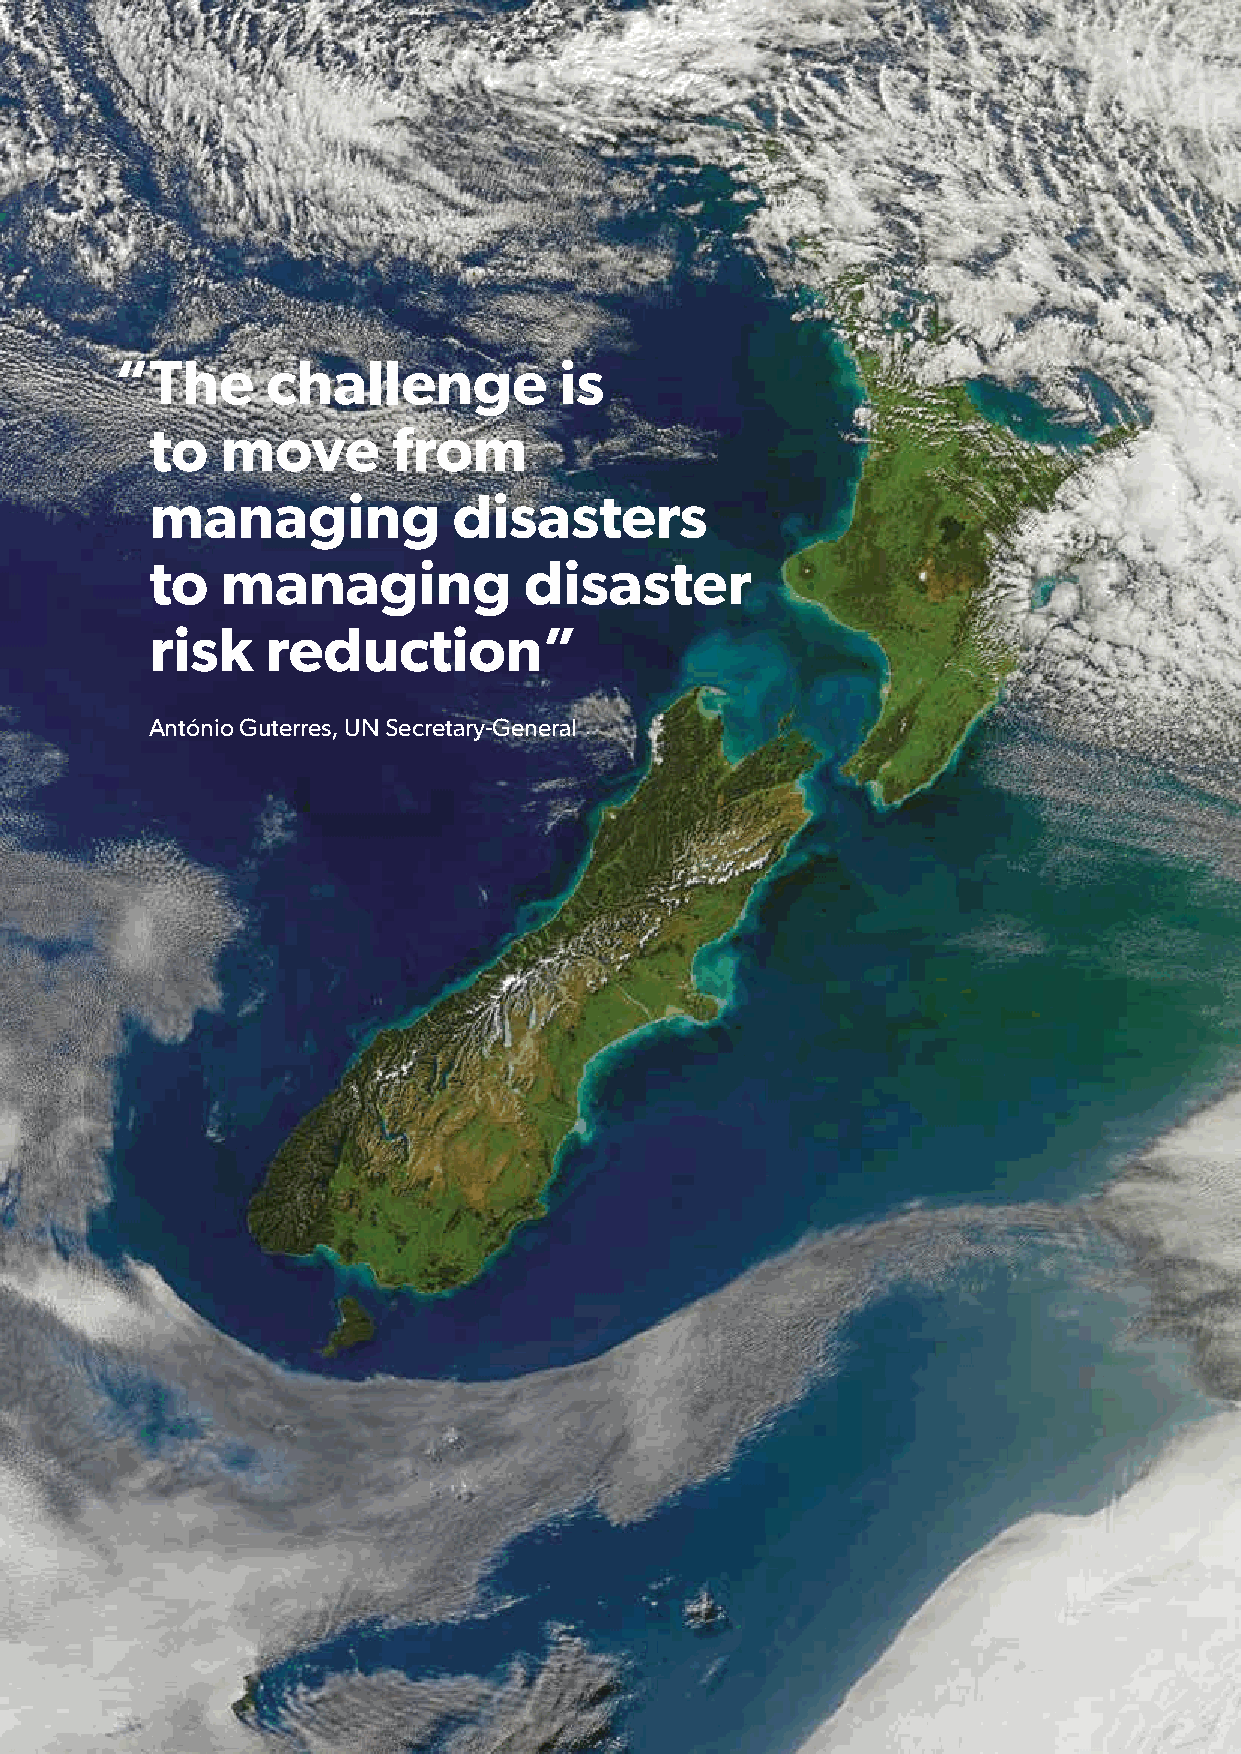
“The      challenge          is
 to   move       from
 managing            disasters
 to   managing            disaster
 risk    reduction”
 António Guterres, UN Secretary-General
 EQC Resilience Strategy for Natural Hazard Risk Reduction 2019 - 2029